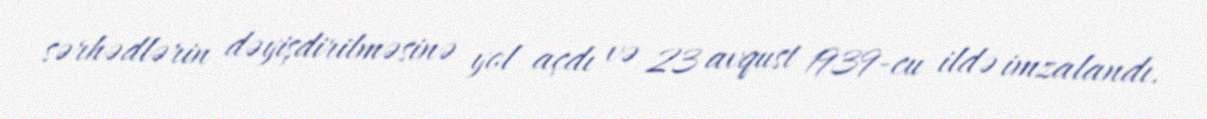
sərhədlərin dəyişdirilməsinə yol açdı və 23 avqust 1939-cu ildə imzalandı.